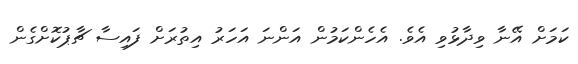
ކަމަށް އޭނާ ވިދާޅުވި އެވެ. އެހެންކަމުން އަންނަ އަހަރު އިތުރަށް ފައިސާ ޗާޕުކޮށްގެން